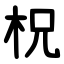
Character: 柷